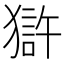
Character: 𤡈